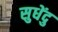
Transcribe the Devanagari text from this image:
सुधेंदु